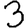
Digit: 3